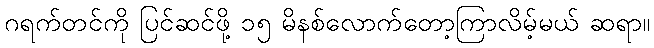
ဂရက်တင်ကို ပြင်ဆင်ဖို့ ၁၅ မိနစ်လောက်တော့ကြာလိမ့်မယ် ဆရာ။